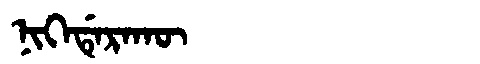
Manchu: ᠨᡳᡴᡝᡩᡝᡵᠠᡴᡡ
Romanization: NIKEDERAKŪ